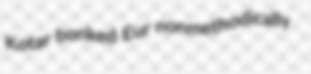
Kotar bonked Eur nonmethodically